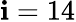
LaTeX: \mathbf{i}=14